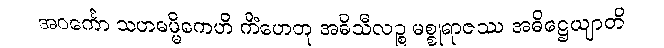
အဝင်္ကော သဟဓမ္မိကေဟိ ကိံဟေတု အဓိသီလဉ္စ မစ္စုရာဇဿ အဓိဋ္ဌေယျာတိ